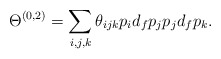
\begin{align*}\Theta^{(0, 2)} = \sum_{i,j,k} \theta_{ijk} p_{i} d_{f} p_{j} p_{j} d_{f} p_{k}. \end{align*}